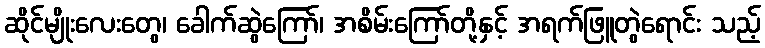
ဆိုင်မျိုးလေးတွေ၊ ခေါက်ဆွဲကြော်၊ အစိမ်းကြော်တို့နှင့် အရက်ဖြူတွဲရောင်း သည့်